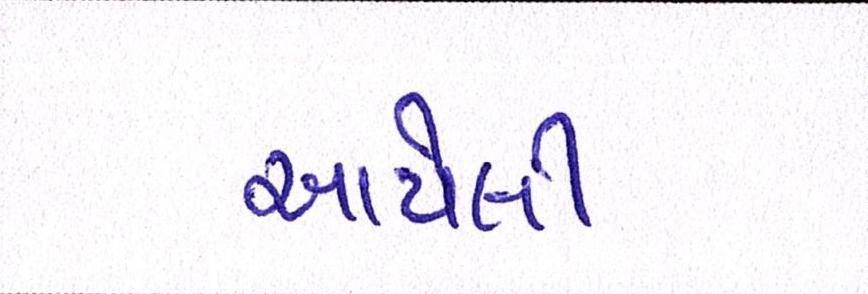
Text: આપેલી